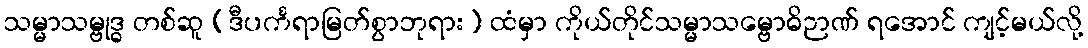
သမ္မာသမ္ဗုဒ္ဓ တစ်ဆူ (ဒီပင်္ကရာမြတ်စွာဘုရား) ထံမှာ ကိုယ်တိုင်သမ္မာသမ္ဗောဓိဉာဏ် ရအောင် ကျင့်မယ်လို့